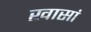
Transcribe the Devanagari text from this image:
खासां